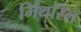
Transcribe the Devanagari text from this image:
मिथरिल